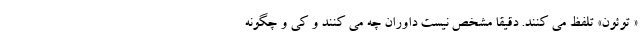
« توئون» تلفظ می کنند. دقیقا مشخص نیست داوران چه می کنند و کی و چگونه